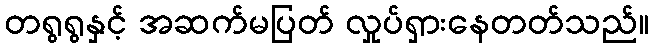
တရွရွနှင့် အဆက်မပြတ် လှုပ်ရှားနေတတ်သည်။